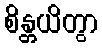
စိန္တယိတွာ